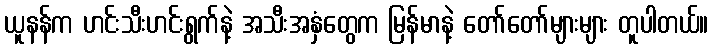
ယူနန်က ဟင်းသီးဟင်းရွက်နဲ့ အသီးအနှံတွေက မြန်မာနဲ့ တော်တော်များများ တူပါတယ်။